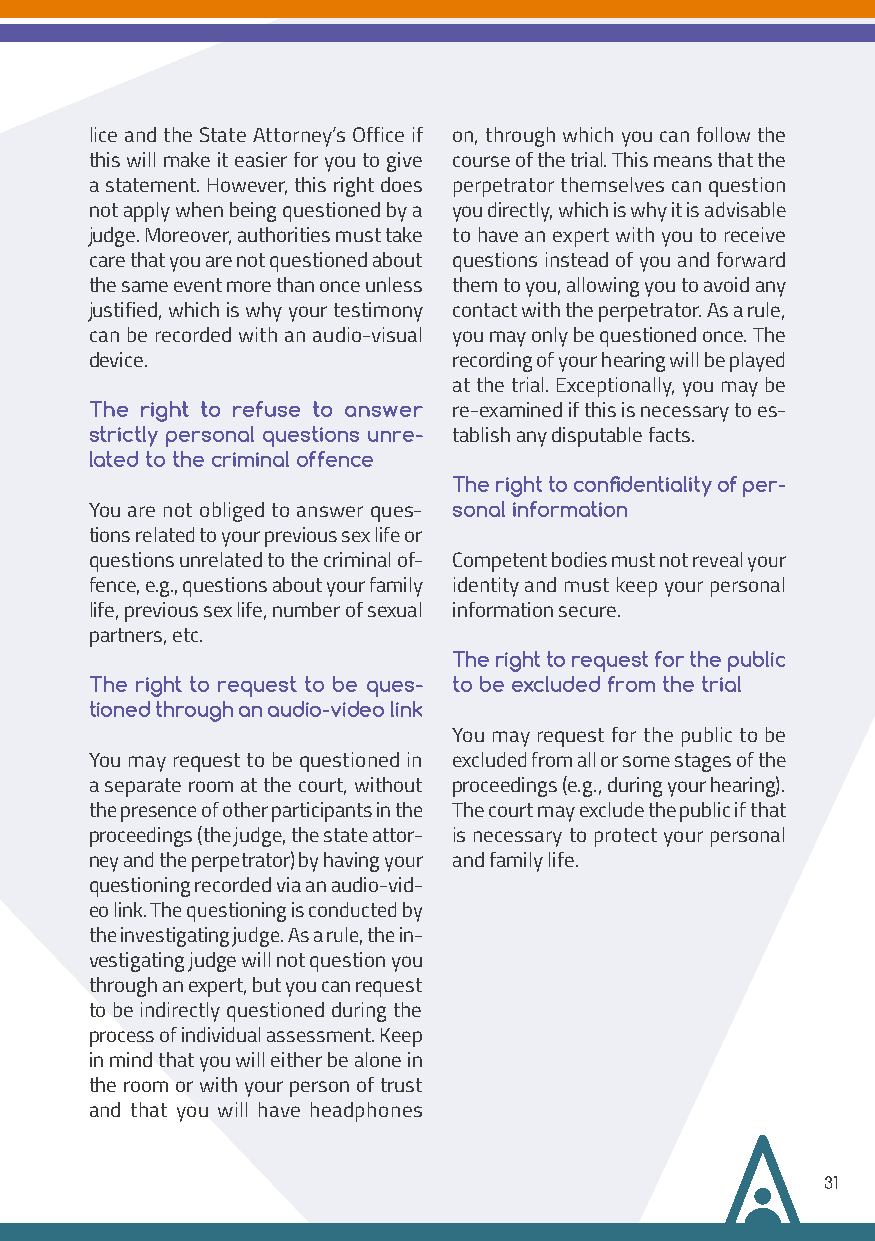
lice and the State Attorney’s Office if on, through which you can follow the
 this will make it easier for you to give course of the trial. This means that the
 a statement. However, this right does perpetrator themselves can question
 not apply when being questioned by a you directly, which is why it is advisable
 judge. Moreover, authorities must take to have an expert with you to receive
 care that you are not questioned about questions instead of you and forward
 the same event more than once unless them to you, allowing you to avoid any
 justified, which is why your testimony contact with the perpetrator. As a rule,
 can be recorded with an audio-visual you may only be questioned once. The
 device.                 recording of your hearing will be played
 at the trial. Exceptionally, you may be
 The right to refuse to answer re-examined if this is necessary to es-
 strictly personal questions unre- tablish any disputable facts.
 lated to the criminal offence
 The right to confidentiality of per-
 You are not obliged to answer ques- sonal information
 tions related to your previous sex life or
 questions unrelated to the criminal of- Competent bodies must not reveal your
 fence, e.g., questions about your family identity and must keep your personal
 life, previous sex life, number of sexual information secure.
 partners, etc.
 The right to request for the public
 The right to request to be ques- to be excluded from the trial
 tioned through an audio-video link
 You may request for the public to be
 You may request to be questioned in excluded from all or some stages of the
 a separate room at the court, without proceedings (e.g., during your hearing).
 the presence of other participants in the The court may exclude the public if that
 proceedings (the judge, the state attor- is necessary to protect your personal
 ney and the perpetrator) by having your and family life.
 questioning recorded via an audio-vid-
 eo link. The questioning is conducted by
 the investigating judge. As a rule, the in-
 vestigating judge will not question you
 through an expert, but you can request
 to be indirectly questioned during the
 process of individual assessment. Keep
 in mind that you will either be alone in
 the room or with your person of trust
 and that you will have headphones
 31